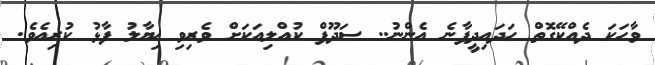
ވާހަކަ ދެއްކޭގޮތް ހަދައިދީފާނެ އެންނު.. ސަދޫފް ކުއްލިއަކަށް ވެރިވި ޚިޔާލު ފާޅު ކުރިއެވެ.